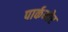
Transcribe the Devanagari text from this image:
पार्कमोर